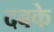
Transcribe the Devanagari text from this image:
दबके